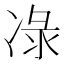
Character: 𭂕